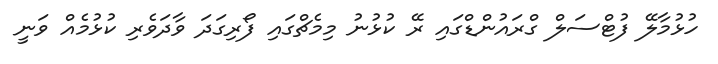
ހުޅުމާލޭ ފުޓްސަލް ގްރައުންޑްގައި ރޭ ކުޅުނު މިމެޗްގައި ފޯރިގަދަ ވާދަވެރި ކުޅުމެއް ވަނީ